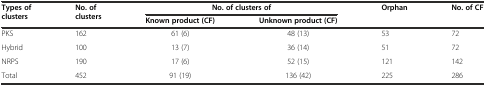
<table><thead><tr><td rowspan="2"><b>Types of clusters</b></td><td rowspan="2"><b>No. of clusters</b></td><td colspan="2"><b>No. of clusters of</b></td><td rowspan="2"><b>Orphan</b></td><td rowspan="2"><b>No. of CF</b></td></tr><tr><td><b>Known product (CF)</b></td><td><b>Unknown product (CF)</b></td></tr></thead><tbody><tr><td>PKS</td><td>162</td><td>61 (6)</td><td>48 (13)</td><td>53</td><td>72</td></tr><tr><td>Hybrid</td><td>100</td><td>13 (7)</td><td>36 (14)</td><td>51</td><td>72</td></tr><tr><td>NRPS</td><td>190</td><td>17 (6)</td><td>52 (15)</td><td>121</td><td>142</td></tr><tr><td>Total</td><td>452</td><td>91 (19)</td><td>136 (42)</td><td>225</td><td>286</td></tr></tbody></table>